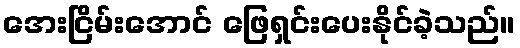
အေးငြိမ်းအောင် ဖြေရှင်းပေးနိုင်ခဲ့သည်။